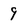
Character: 9